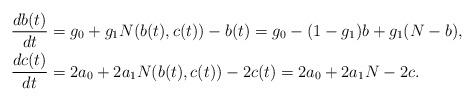
LaTeX: \begin{align*}\begin{aligned}\frac{db(t)}{dt}&=g_0+g_1N(b(t),c(t))-b(t)=g_0-(1-g_1)b+g_1(N-b),\\\frac{dc(t)}{dt}&=2a_0+2a_1N(b(t),c(t))-2c(t)=2a_0+2a_1N-2c.\end{aligned}\end{align*}